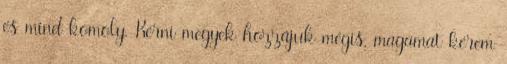
és mind komoly, Kérni megyek hozzájuk mégis, magamat kérem